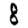
Digit: 8